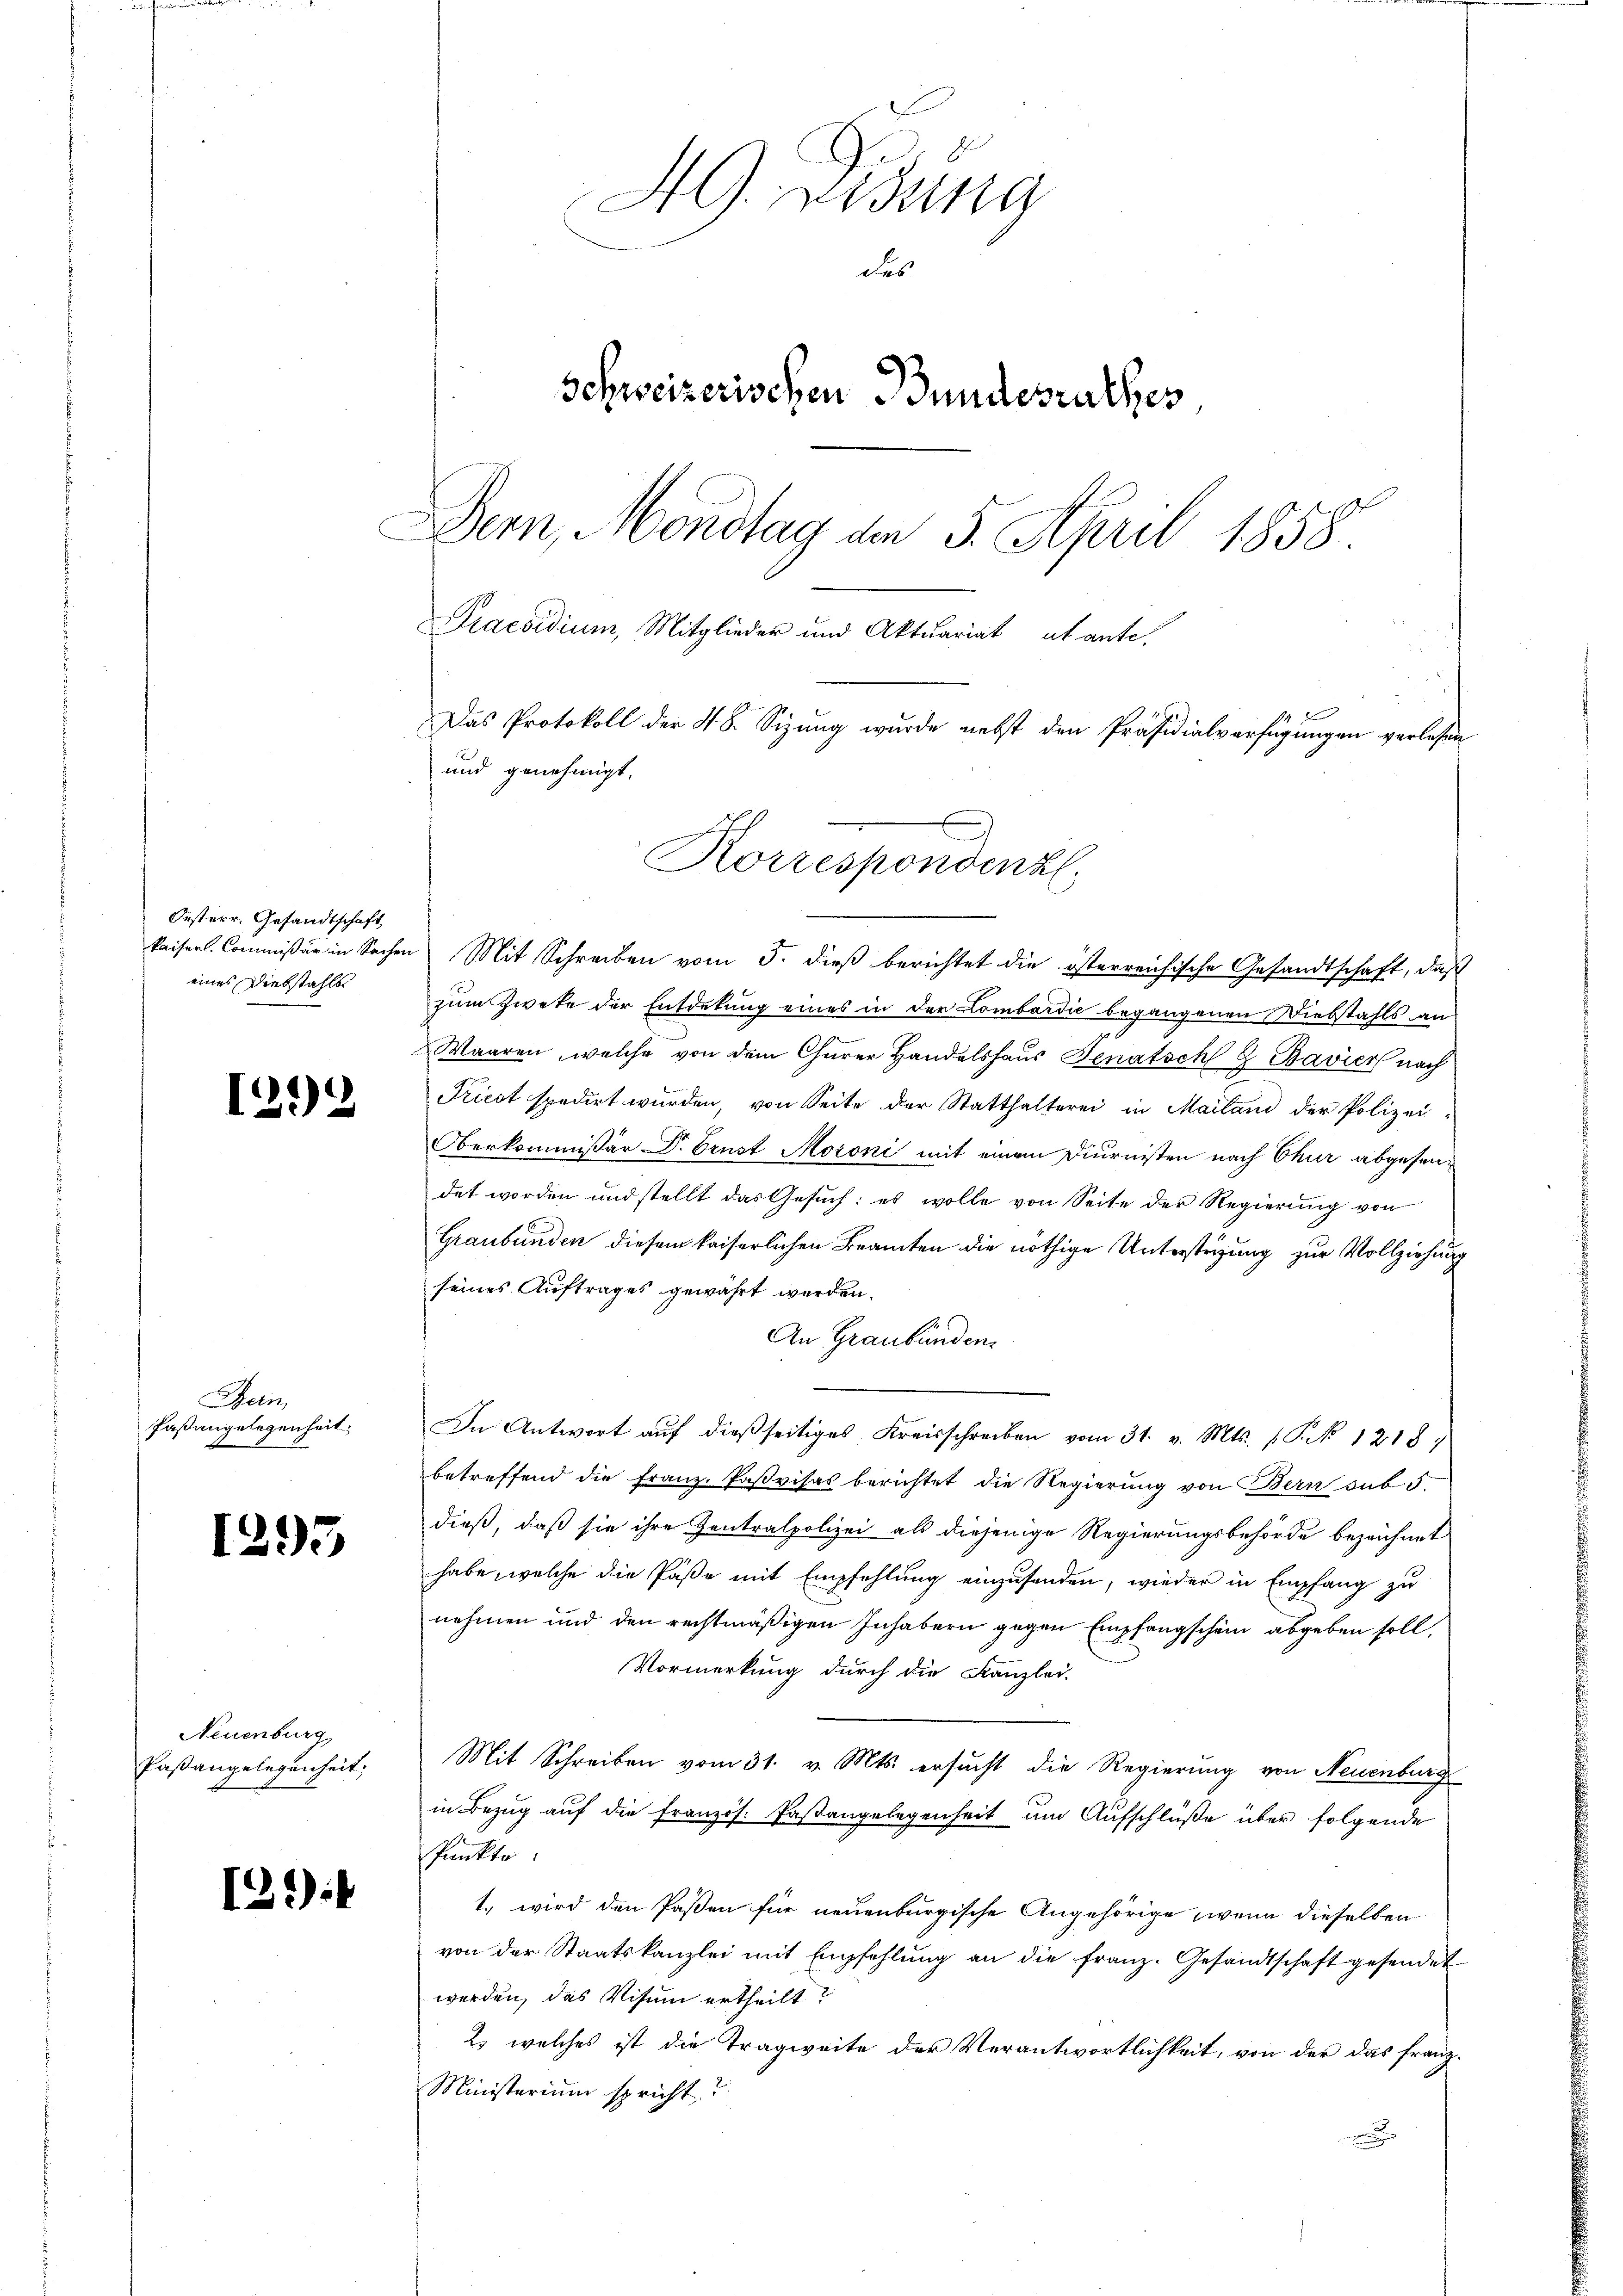
Oesterr. Gesandtschaft
eines Diebstahls

192

Hein
Paßangelegenheit

1295

Neuenburg
Paßangelegenheit,

1):

HG. Bisung
des
Schweizerischen Bundesrathes
Dern, Mondtag am 5. April 1858
Praesidium, Mitglieder und Aktuariat autante.
Das Protokoll der 48. Sizung wurde nebst den Präsidialverfügungen verlesen
und genehmigt.
Korrespondenzl,

kaisers. Commißär in Sachen Mit Schreiben vom 5. dieß berichtet die österreichische Gesandtschaft, daß
zum Zweke der Entdekung eines in der Lombardić begangenen Diebstahls an
Waaren, welche von dem Churer Handelshaus Senatsch & Bavier nach
Triest spedirt wurden, von Seite der Statthalterei in Mailand der Polizei-
Oberkommissär Dr. Ernst Moroni mit einem Diurnisten nach Chur abgesendet worden und stellt das Gesuch: es wolle von Seite der Regierung von
Graubünden diesem kaiserlichen Beamten die nöthige Unterstützung zur Vollziehung
seines Auftrages gewährt werden.
An Graubünden.
In Antwort auf dießseitiges Kreisschreiben vom 31. v. Mts. 1 S. 1218.
betreffend die Franz-Paßvisas berichtet die Regierung von Bern sub. 5.
dieß, daß sie ihre Zentralpolizei als diejenige Regierungsbehörde bezeichnet
habe, welche die Päße mit Empfehlung einzusenden, wieder in Empfang zu
nehmen und den rechtmäßigen Inhabern gegen Empfangschein abgeben soll,
Vormerkung durch die Kanzlei-
Mit Schreiben vom 31. v. Mts. ersucht die Regierung von Neuenburg
in Bezug auf die Französ. Paßangelegenheit um Aufschlüße über folgende
Punkte
1., wird den Paßen für neuenburgische Angehörige, wenn dieselben
von der Staatskanzlei mit Empfehlŭng an die franz. Gesandtschaft gesendet
werden, das Visum ertheilt?
2. welches ist die Tragweite der Verantwortlichkeit, von der das franz-
Ministerium spricht.“
n